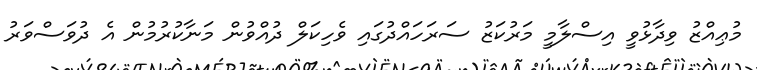
މުޢިއްޒު ވިދާޅުވީ އިސްލާމީ މަރުކަޒު ސަރަހައްދުގައި ވެހިކަލް ދުއްވުން މަނާކުރުމުން އެ ދުވަސްވަރު